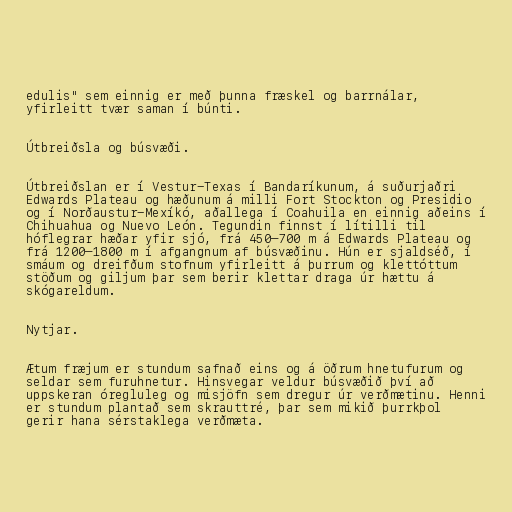
edulis" sem einnig er með þunna fræskel og barrnálar,
yfirleitt tvær saman í búnti.

Útbreiðsla og búsvæði.

Útbreiðslan er í Vestur-Texas í Bandaríkunum, á suðurjaðri
Edwards Plateau og hæðunum á milli Fort Stockton og Presidio
og í Norðaustur-Mexíkó, aðallega í Coahuila en einnig aðeins í
Chihuahua og Nuevo León. Tegundin finnst í lítilli til
hóflegrar hæðar yfir sjó, frá 450–700 m á Edwards Plateau og
frá 1200–1800 m í afgangnum af búsvæðinu. Hún er sjaldséð, í
smáum og dreifðum stofnum yfirleitt á þurrum og klettóttum
stöðum og giljum þar sem berir klettar draga úr hættu á
skógareldum.

Nytjar.

Ætum fræjum er stundum safnað eins og á öðrum hnetufurum og
seldar sem furuhnetur. Hinsvegar veldur búsvæðið því að
uppskeran óregluleg og misjöfn sem dregur úr verðmætinu. Henni
er stundum plantað sem skrauttré, þar sem mikið þurrkþol
gerir hana sérstaklega verðmæta.